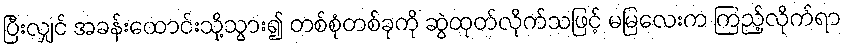
ပြီးလျှင် အခန်းထောင်းသို့သွား၍ တစ်စုံတစ်ခုကို ဆွဲထုတ်လိုက်သဖြင့် မမြလေးက ကြည့်လိုက်ရာ